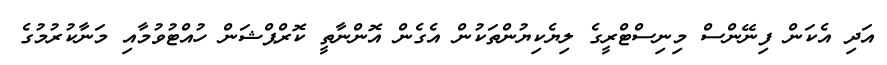
އަދި އެކަން ފިނޭންސް މިނިސްޓްރީގެ ލިޔެކިޔުންތަކުން އެގެން އޮންނާތީ ކޮރްޕްޝަން ހުއްޓުވުމާއި މަނާކުރުމުގެ